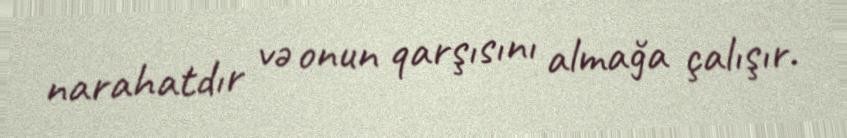
narahatdır və onun qarşısını almağa çalışır.